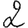
Digit: 2